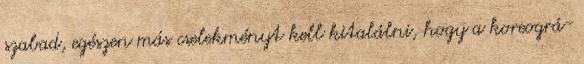
szabad, egészen más cselekményt kell kitalálni, hogy a koreográ-